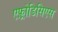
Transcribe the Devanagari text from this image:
एफ़्रोडिसिएस